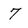
Character: 7